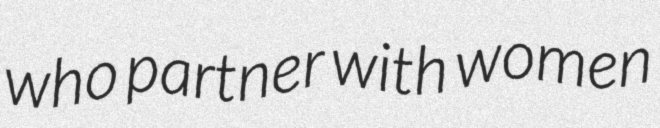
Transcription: who partner with women